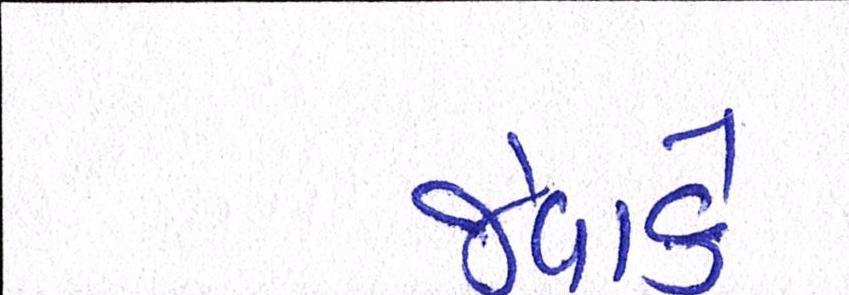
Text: જેવાકે